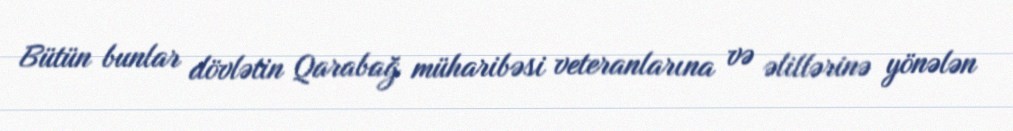
Bütün bunlar dövlətin Qarabağ müharibəsi veteranlarına və əlillərinə yönələn